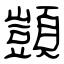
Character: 顗